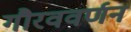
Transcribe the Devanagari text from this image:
गौरववर्णन